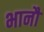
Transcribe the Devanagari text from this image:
भानौ